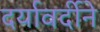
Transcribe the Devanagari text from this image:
दर्यावर्दीने